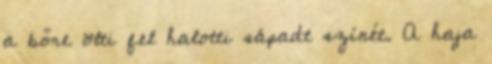
a bőre ölti fel halotti sápadt színét. A haja